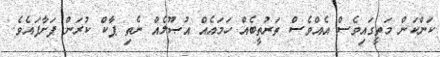
ކަންކަން މަތީގައިވެސް އެއްވެސް ތަރުތީބެއް ހަމައެއް އުޞޫލެއް ނެތި ޕާކް ކުރަން ފަށާފައެވެ.